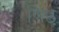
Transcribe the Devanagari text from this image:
णिष्ठ